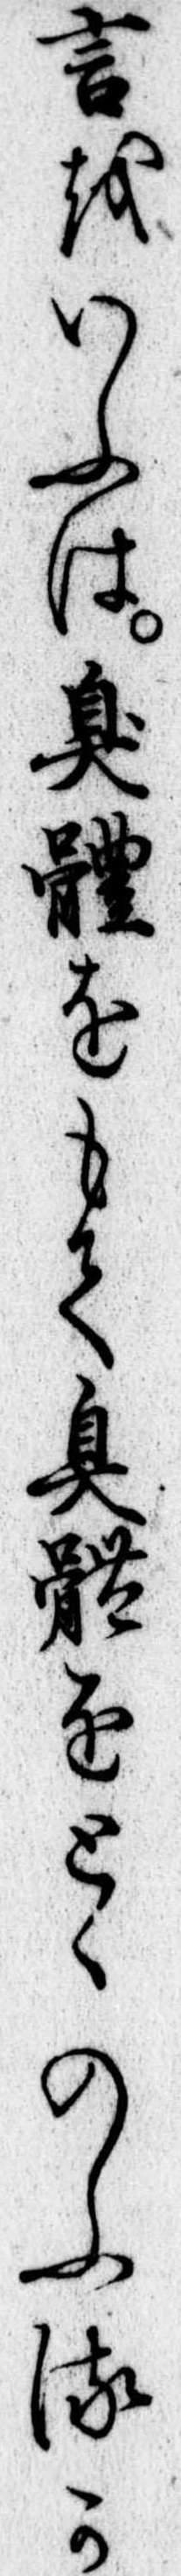
言をいふは臭体をもて臭体をとゝのふるか